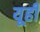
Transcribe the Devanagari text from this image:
यूही